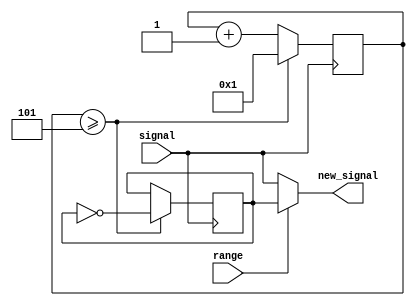
module divider(new_signal, range, signal);

output new_signal;
input range, signal;

parameter RATIO = 10,
          HALF_RATIO = RATIO / 2;

reg [3:0] counter;

reg divided_signal = 0;
assign new_signal = (range ? divided_signal : signal);

always @(posedge signal) begin
    // Use a higher range.
    if (counter >= HALF_RATIO) begin
        counter <= 1;
        divided_signal <= ~divided_signal;  // Flip.
    end else begin
        counter <= counter + 1'b1;
    end
end

endmodule